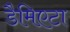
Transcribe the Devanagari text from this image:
डैमिएटा